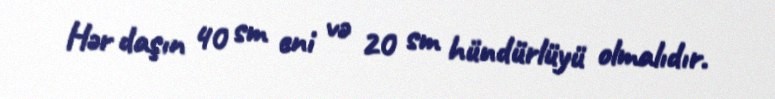
Hər daşın 40 sm eni və 20 sm hündürlüyü olmalıdır.